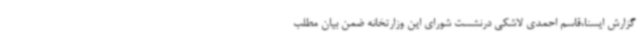
گزارش ایسنا،قاسم احمدی لاشکی درنشست شورای این وزارتخانه ضمن بیان مطلب